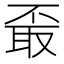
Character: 𦕪